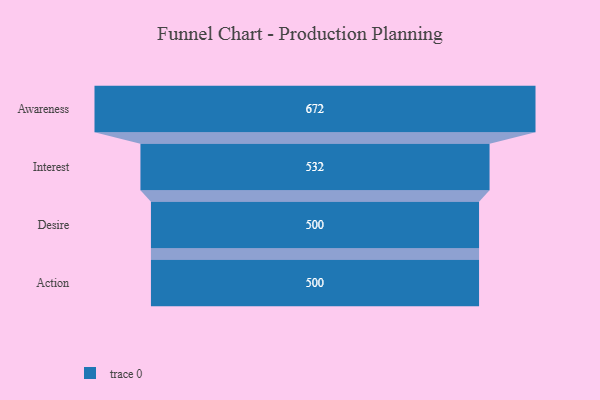
{"axis": {"x": "Stage", "y": "Value"}, "legend": [""], "data": [{"x": "Awareness", "y": 672.0, "type": ""}, {"x": "Interest", "y": 532.0, "type": ""}, {"x": "Desire", "y": 500, "type": ""}, {"x": "Action", "y": 500, "type": ""}]}